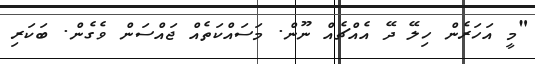
"މީ އަހަރެން ހިލޭ ދޭ އެއްޗެއް ނޫން. މަސައްކަތެއް ޖައްސަން ވެގެން. ބަކަރި